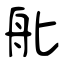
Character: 舭